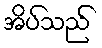
အိပ်သည်